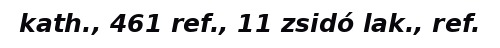
kath., 461 ref., 11 zsidó lak., ref.